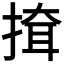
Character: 𢱕